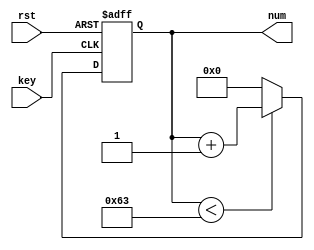
module inp_add99(key,rst,num);

input wire key,rst;
output reg [6:0]num;

always @(posedge key or posedge rst) 
begin
  if (rst) 
    num <= 0;
  else if (key)
  begin
    if (num < 99)
      num <= num + 1;
    else
      num <= 0;
  end
end

endmodule